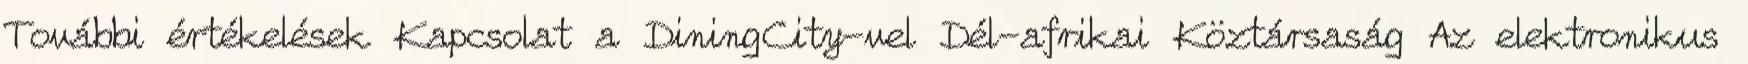
További értékelések Kapcsolat a DiningCity-vel Dél-afrikai Köztársaság Az elektronikus